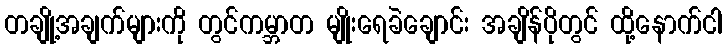
တချို့အချက်များကို တွင်ကမ္ဘာတ မျိုးရေခဲချောင်း အချိန်ပိုတွင် ထို့နောက်ငါ